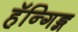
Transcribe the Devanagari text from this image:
हॅन्गिङ्ग